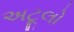
અટૂલો